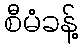
စီမံခန့်